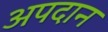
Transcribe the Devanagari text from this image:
अपदान